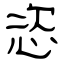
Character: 恣